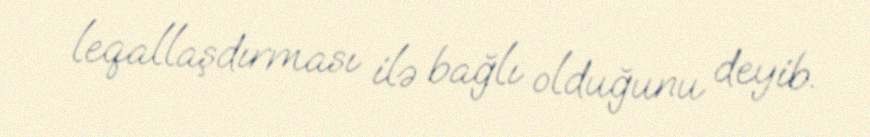
leqallaşdırması ilə bağlı olduğunu deyib.